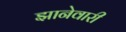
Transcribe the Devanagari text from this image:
झानेवारी